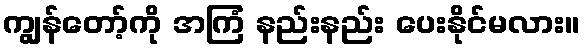
ကျွန်တော့်ကို အကြံ နည်းနည်း ပေးနိုင်မလား။